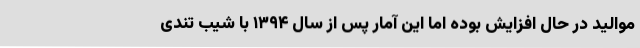
موالید در حال افزایش بوده اما این آمار پس از سال ۱۳۹۴ با شیب تندی